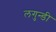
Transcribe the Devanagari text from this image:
लगुन्डी